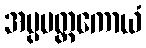
အပ္ပမတ္တကောယံ